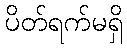
ပိတ်ရက်မရှိ